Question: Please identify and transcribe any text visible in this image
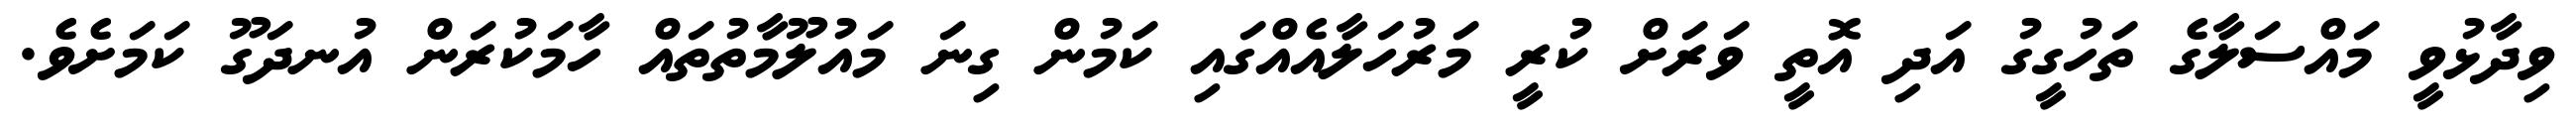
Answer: ވިދާޅުވީ މައްސަލާގެ ތަހުގީގު އަދި އޮތީ ވަރަށް ކުރީ މަރުހަލާއެއްގައި ކަމުން ގިނަ މައުލޫމާތުތައް ހާމަކުރަން އުނދަގޫ ކަމަށެވެ.